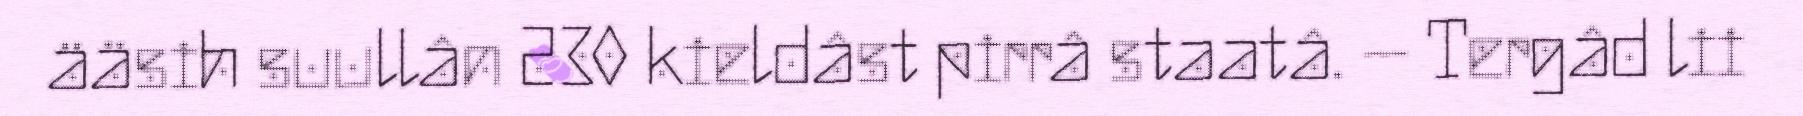
ääsih suullân 230 kieldâst pirrâ staatâ. – Tergâd lii